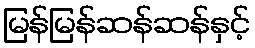
မြန်မြန်ဆန်ဆန်နှင့်